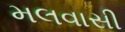
મલવાસી